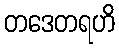
တဒေတရဟိ